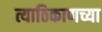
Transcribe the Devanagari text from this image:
त्याठिकाणच्या